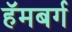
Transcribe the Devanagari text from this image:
हॅमबर्ग